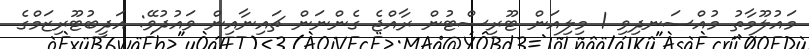
މައުލޫމާތު މުއްސަނދިވި 1 މިލިއަން ޓޫރިސްޓުން ރާއްޖެ ގެންނަން ޗައިނާއިން ވައުދުވޭ: އަދީބުޓޫރިޒަމްގެ